Madras plague regulations and rules - Volume 2
Disease focus: Plague
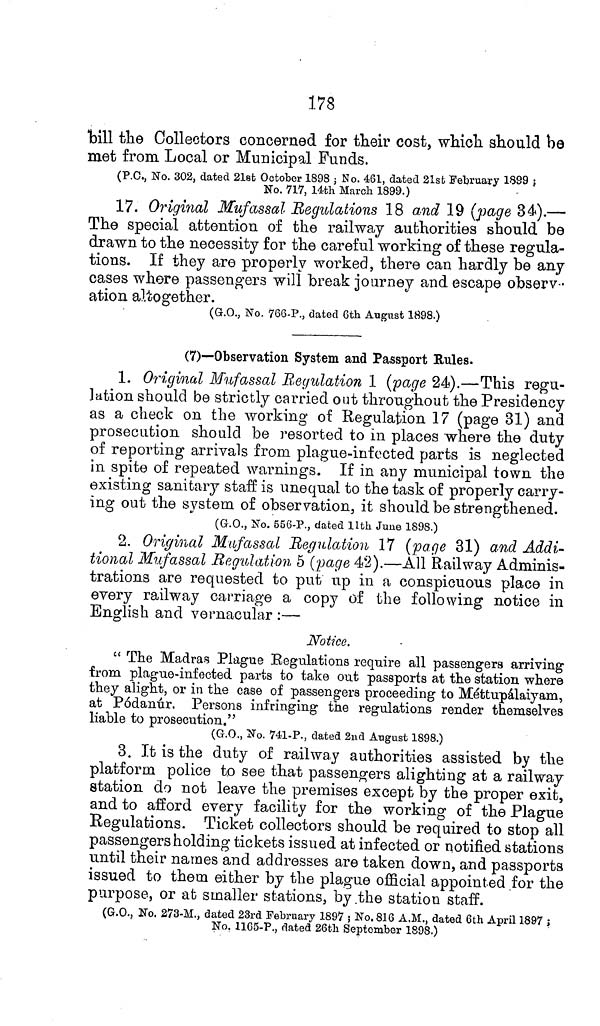
178
bill the Collectors concerned for their cost, which should be
met from Local or Municipal Funds.
(P.C., No. 302, dated 21st October 1898 ; No. 461, dated 21st February 1899 ;
No. 717, 14th March 1899.)
17. Original Mufassal Regulations 18 and 19 (page 34).—
The special attention of the railway authorities should be
drawn to the necessity for the careful working of these regula-
tions. If they are properly worked, there can hardly be any
cases where passengers will break journey and escape observ-
ation altogether.
(G.O., No. 766-P., dated 6th August 1898.)
(7)—Observation System and Passport Rules.
1. Original Mufassal Regulation 1 (page 24).—This regu-
lation should be strictly carried out throughout the Presidency
as a check on the working of Regulation 17 (page 31) and
prosecution should be resorted to in places where the duty
of reporting arrivals from plague-infected parts is neglected
in spite of repeated warnings. If in any municipal town the
existing sanitary staff is unequal to the task of properly carry-
ing out the system of observation, it should be strengthened.
(G.O., No. 556-P., dated 11th June 1898.)
2. Original Mufassal Regulation 17 (page 31) and Addi-
tional Mufassal Regulation 5 (page 42).—All Railway Adminis-
trations are requested to put up in a conspicuous place in
every railway carriage a copy of the following notice in
English and vernacular :—
Notice.
" The Madras Plague Regulations require all passengers arriving
from plague-infected parts to take out passports at the station where
they alight, or in the case of passengers proceeding to Méttupálaiyam,
at Pódanur. Persons infringing the regulations render themselves
liable to prosecution."
(G.O., No. 741-P., dated 2nd August 1898.)
3. It is the duty of railway authorities assisted by the
platform police to see that passengers alighting at a railway
station do not leave the premises except by the proper exit,
and to afford every facility for the working of the Plague
Regulations. Ticket collectors should be required to stop all
passengers holding tickets issued at infected or notified stations
until their names and addresses are taken down, and passports
issued to them either by the plague official appointed for the
purpose, or at smaller stations, by the station staff.
(G.O., No. 273-M., dated 23rd February 1897 ; No. 816 A.M., dated 6th April 1897 ;
No. 1165-P., dated 26th September 1898.)